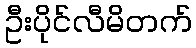
ဦးပိုင်လီမိတက်